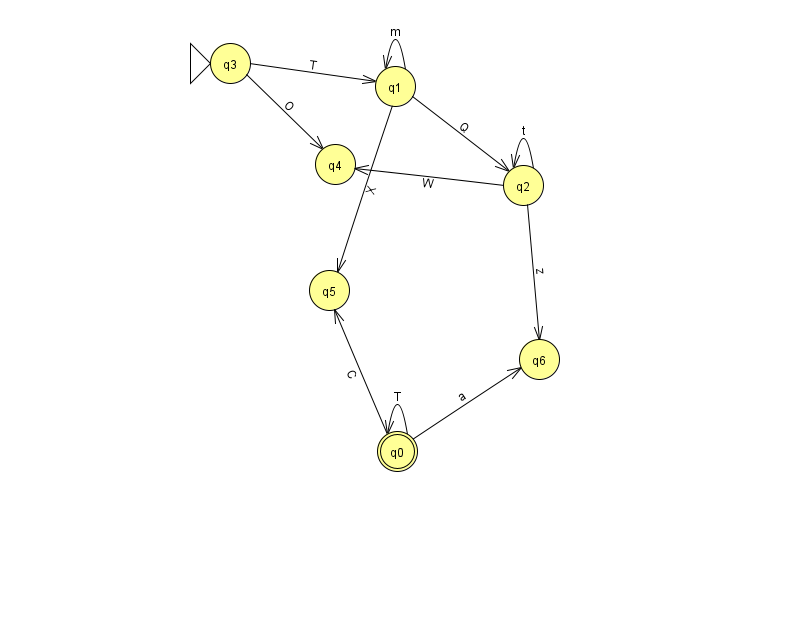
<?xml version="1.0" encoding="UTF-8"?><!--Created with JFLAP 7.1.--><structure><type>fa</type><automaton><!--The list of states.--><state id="0" name="q0"><x>397.0</x><y>438.0</y><final/></state><state id="1" name="q1"><x>395.0</x><y>73.0</y></state><state id="2" name="q2"><x>523.0</x><y>172.0</y></state><state id="3" name="q3"><x>230.0</x><y>50.0</y><initial/></state><state id="4" name="q4"><x>335.0</x><y>151.0</y></state><state id="5" name="q5"><x>329.0</x><y>277.0</y></state><state id="6" name="q6"><x>539.0</x><y>346.0</y></state><!--The list of transitions.--><transition><from>0</from><to>5</to><read>C</read></transition><transition><from>3</from><to>1</to><read>T</read></transition><transition><from>0</from><to>0</to><read>T</read></transition><transition><from>1</from><to>2</to><read>Q</read></transition><transition><from>2</from><to>2</to><read>t</read></transition><transition><from>2</from><to>4</to><read>W</read></transition><transition><from>2</from><to>6</to><read>z</read></transition><transition><from>1</from><to>1</to><read>m</read></transition><transition><from>3</from><to>4</to><read>O</read></transition><transition><from>0</from><to>6</to><read>a</read></transition><transition><from>1</from><to>5</to><read>X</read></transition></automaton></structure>